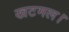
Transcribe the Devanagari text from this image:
खटमल।